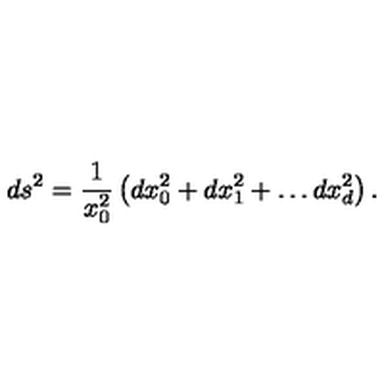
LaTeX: d s ^ { 2 } = \frac { 1 } { x _ { 0 } ^ { 2 } } \left( d x _ { 0 } ^ { 2 } + d x _ { 1 } ^ { 2 } + \ldots d x _ { d } ^ { 2 } \right) .